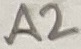
Text: A2